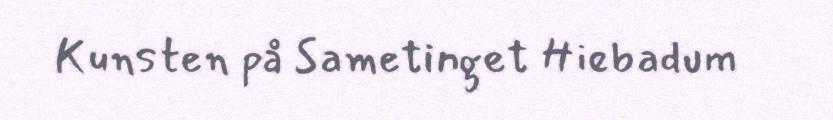
Kunsten på Sametinget Hiebadum